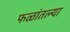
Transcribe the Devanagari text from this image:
फळांतल्या